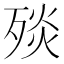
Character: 𣨬